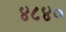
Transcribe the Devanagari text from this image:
४८४०